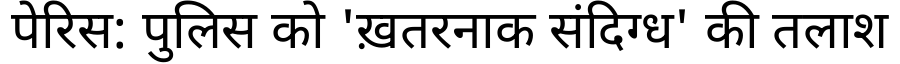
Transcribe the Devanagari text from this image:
पेरिस: पुलिस को 'ख़तरनाक संदिग्ध' की तलाश